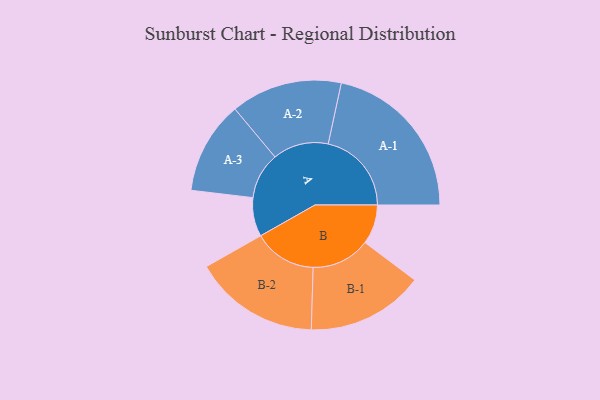
{"axis": {"x": "Segment", "y": "Value"}, "legend": ["", "A", "B"], "data": [{"x": "A", "y": 118, "type": ""}, {"x": "B", "y": 120, "type": ""}, {"x": "A-1", "y": 253, "type": "A"}, {"x": "A-2", "y": 169, "type": "A"}, {"x": "A-3", "y": 141, "type": "A"}, {"x": "B-1", "y": 178, "type": "B"}, {"x": "B-2", "y": 191, "type": "B"}]}